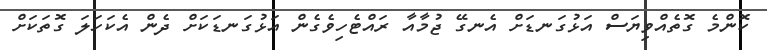
ކޮންމެ ގޮތެއްވިޔަސް އަޅުގަނޑަށް އެނގޭ ޖުމާއާ ރައްޓެހިވެގެން އަޅުގަނޑަކަށް ދެން އެކަހަލަ ގޮތަކަށް